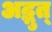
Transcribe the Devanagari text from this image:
अद्भुत्‌